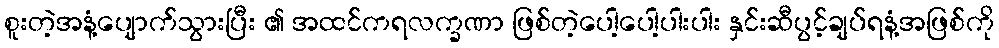
စူးတဲ့အနံ့ပျောက်သွားပြီး ၏ အထင်ကရလက္ခဏာ ဖြစ်တဲ့ပေါ့ပေါ့ပါးပါး နှင်းဆီပွင့်ချပ်ရနံ့အဖြစ်ကို